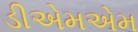
ડીએમએમ